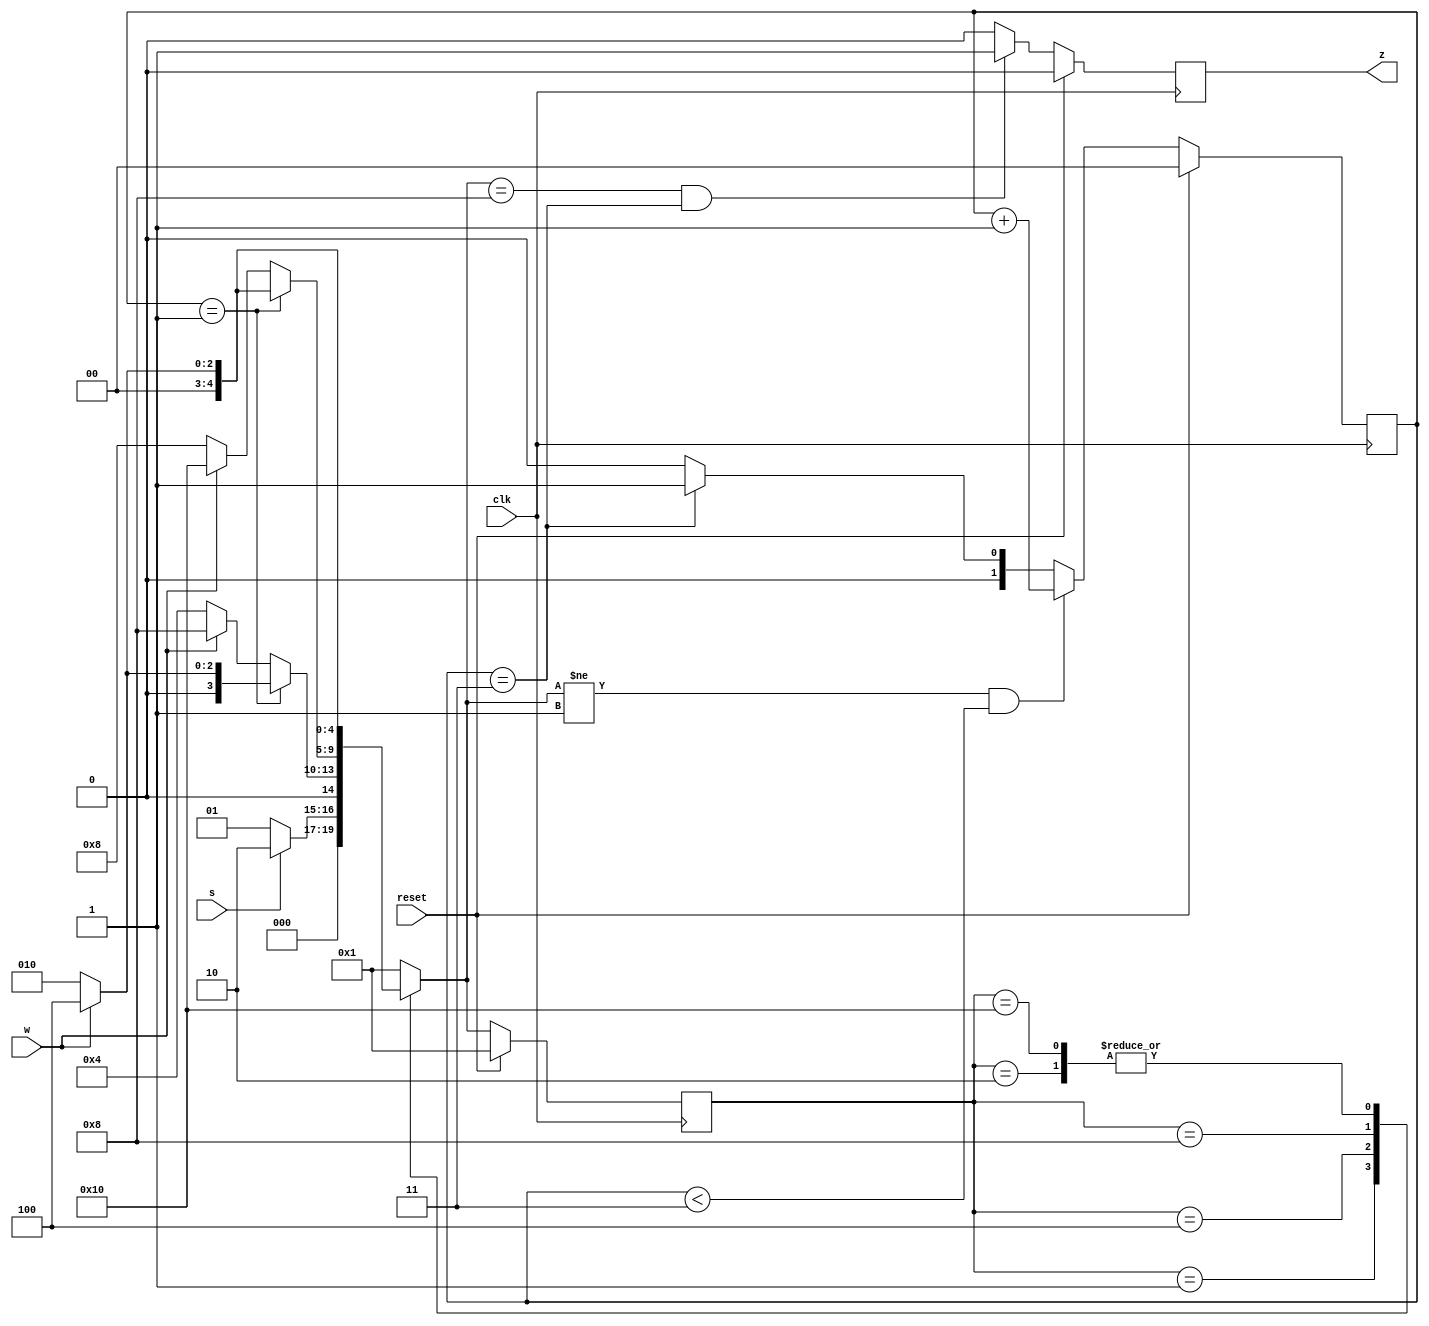
module top_module (
    input clk,
    input reset,   // Synchronous reset
    input s,
    input w,
    output z
);
reg [4:0] cstate;
reg [4:0] nstate;

reg [1:0] cnt;

parameter A  = 5'b00001;
parameter B  = 5'b00010;
parameter s1 = 5'b00100;
parameter s2 = 5'b01000;
parameter s3 = 5'b10000;

reg z_reg;
always @(posedge clk)begin
    if(reset)begin
        cstate <= A;
    end
    else begin
        cstate <= nstate;
    end
end

always @(posedge clk)begin
    if(reset)begin
        cnt <= 3'b0;
    end
    else if(nstate != A && cnt < 2'd3) begin 
        cnt <= cnt + 1'b1;
    end
    else if(cnt == 2'd3)begin
        cnt <= 2'd1;
    end
    else begin
        cnt <= 3'b0;
    end
end

always @(*)begin
    nstate = A;
    case (cstate)
        A:nstate = s ? B : A;
        B:nstate = w ? s1 : B;
        s1: begin
            if(cnt == 2'd1)begin
                if(w)begin
                    nstate = s1;
                end
                else begin
                    nstate = B;
                end
            end
            else begin
                if(w)begin
                    nstate = s2;
                end
                else begin
                    nstate = s1;
                end
            end
        end
        s2: begin
            if(cnt == 2'd1)begin
                if(w)begin
                    nstate = s1;
                end
                else begin
                    nstate = B;
                end
            end
            else begin
                if(w)begin
                    nstate = s3;
                end
                else begin
                    nstate = s2;
                end
            end
        end
        s3: nstate = w ? s1 : B;
        default:nstate = A;
    endcase
end
always @(posedge clk)begin
    if(reset)begin
        z_reg <= 1'b0;
    end
    else if(nstate == s2 && cnt == 2'd3) begin
        z_reg <= 1'b1;
    end
    else begin
        z_reg <= 1'b0;
    end
end

assign z = z_reg;
endmodule